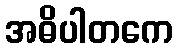
အဓိပါတကေ